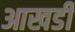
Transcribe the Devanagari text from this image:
आखडी